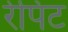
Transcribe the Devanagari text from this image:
रेपिट